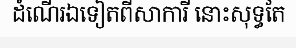
ដំណើរឯទៀតពីសាការី នោះសុទ្ធតែ